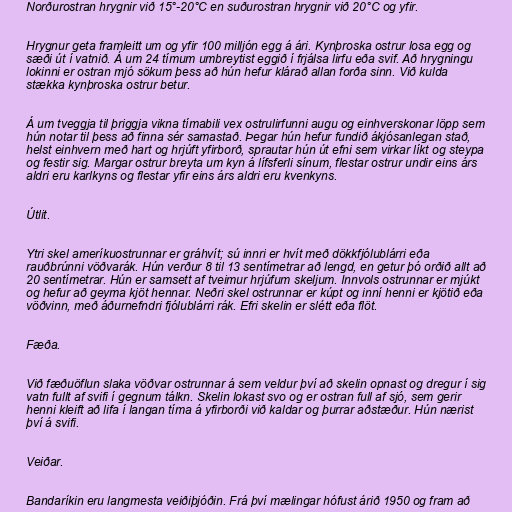
Norðurostran hrygnir við 15°-20°C en suðurostran hrygnir við 20°C og yfir.

Hrygnur geta framleitt um og yfir 100 milljón egg á ári. Kynþroska ostrur losa egg og
sæði út í vatnið. Á um 24 tímum umbreytist eggið í frjálsa lirfu eða svif. Að hrygningu
lokinni er ostran mjó sökum þess að hún hefur klárað allan forða sinn. Við kulda
stækka kynþroska ostrur betur.

Á um tveggja til þriggja vikna tímabili vex ostrulirfunni augu og einhverskonar löpp sem
hún notar til þess að finna sér samastað. Þegar hún hefur fundið ákjósanlegan stað,
helst einhvern með hart og hrjúft yfirborð, sprautar hún út efni sem virkar líkt og steypa
og festir sig. Margar ostrur breyta um kyn á lífsferli sínum, flestar ostrur undir eins árs
aldri eru karlkyns og flestar yfir eins árs aldri eru kvenkyns.

Útlit.

Ytri skel ameríkuostrunnar er gráhvít; sú innri er hvít með dökkfjólublárri eða
rauðbrúnni vöðvarák. Hún verður 8 til 13 sentímetrar að lengd, en getur þó orðið allt að
20 sentímetrar. Hún er samsett af tveimur hrjúfum skeljum. Innvols ostrunnar er mjúkt
og hefur að geyma kjöt hennar. Neðri skel ostrunnar er kúpt og inní henni er kjötið eða
vöðvinn, með áðurnefndri fjólublárri rák. Efri skelin er slétt eða flöt.

Fæða.

Við fæðuöflun slaka vöðvar ostrunnar á sem veldur því að skelin opnast og dregur í sig
vatn fullt af svifi í gegnum tálkn. Skelin lokast svo og er ostran full af sjó, sem gerir
henni kleift að lifa í langan tíma á yfirborði við kaldar og þurrar aðstæður. Hún nærist
því á svifi.

Veiðar.

Bandaríkin eru langmesta veiðiþjóðin. Frá því mælingar hófust árið 1950 og fram að